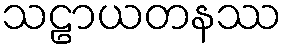
သဠာယတနဿ